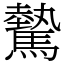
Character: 驇